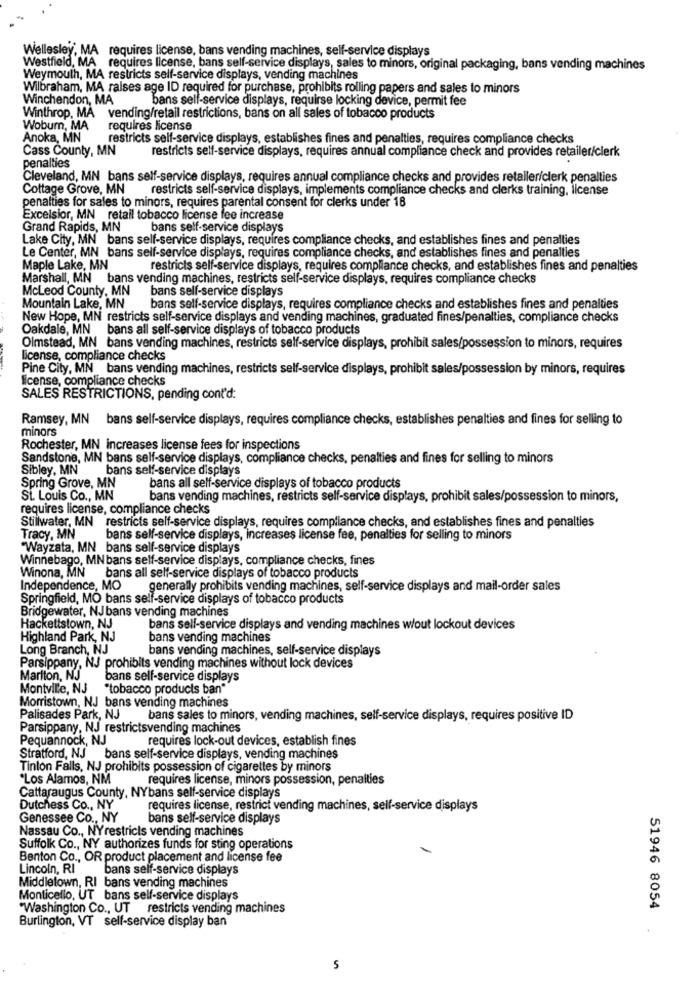
Wellesley, MA requires license, bans vending machines, self-service displays
Westfield, MA requires license, bans self-service displays, sales to minors, original packaging, bans vending machines
Weymouth, MA restricts self-service displays, vending machines
Wilbraham, MA raises age ID required for purchase, prohibits rolling papers and sales to minors
Winchendon, MA
bans self-service displays, requirse locking device, permit fee
Winthrop, MA vending/retail restrictions, bans on all sales of tobacco products
Wobum, MA
requires license
Anoka, MN
restricts self-service displays, establishes fines and penalties, requires compliance checks
Cass County, MN
restricts self-service displays, requires annual compliance check and provides retailer/clerk
penalties
Cleveland, MN bans self-service displays, requires annual compliance checks and provides retailer/clerk penalties
Cottage Grove, MN
restricts self-service displays, implements compliance checks and clerks training, license
penalties for sales to minors, requires parental consent for clerks under 18
Excelsior, MN retail tobacco license fee increase
Grand Rapids, MN
bans self-service displays
Lake City, MN bans self-service displays, requires compliance checks, and establishes fines and penalties
Le Center, MN bans self-service displays, requires compliance checks, and establishes fines and penalties
Maple Lake, MN
restricts self-service displays, requires compliance checks, and establishes fines and penalties
Marshall, MN bans vending machines, restricts self-service displays, requires compliance checks
McLeod County, MN
bans self-service displays
Mountain Lake, MN
bans self-service displays, requires compliance checks and establishes fines and penalties
New Hope, MN restricts self-service displays and vending machines, graduated fines/penalties, compliance checks
Oakdale, MN bans all self-service displays of tobacco products
Olmstead, MN bans vending machines, restricts self-service displays, prohibit sales/possession to minors, requires
license, compliance checks
Pine City, MN bans vending machines, restricts self-service displays, prohibit sales/possession by minors, requires
license, compliance checks
SALES RESTRICTIONS, pending cont'd:
Ramsey, MN bans self-service displays, requires compliance checks, establishes penalties and fines for selling to
minors
Rochester, MN increases license fees for inspections
Sandstone, MN bans self-service displays, compliance checks, penalties and fines for selling to minors
Sibley, MN
bans self-service displays
Spring Grove, MN
bans all self-service displays of tobacco products
St. Louis Co ., MN
bans vending machines, restricts self-service displays, prohibit sales/possession to minors,
requires license, compliance checks
Stillwater, MN restricts self-service displays, requires compliance checks, and establishes fines and penalties
Tracy, MN
bans self-service displays, increases license fee, penalties for selling to minors
"Wayzata, MN bans self-service displays
Winnebago, MN bans self-service displays, compliance checks, fines
Winona, MN bans all self-service displays of tobacco products
Independence, MO
generally prohibits vending machines, self-service displays and mail-order sales
Springfield, MO bans self-service displays of tobacco products
Bridgewater, NJbans vending machines
Hackettstown, NJ
bans self-service displays and vending machines w/out lockout devices
Highland Park, NJ
bans vending machines
Long Branch, NJ
bans vending machines, self-service displays
Parsippany, NJ prohibits vending machines without lock devices
Marlton, NJ
bans self-service displays
Montville, NJ
"tobacco products ban"
Morristown, NJ bans vending machines
Palisades Park, NJ
bans sales to minors, vending machines, self-service displays, requires positive ID
Parsippany, NJ restrictsvending machines
Pequannock, NJ
requires lock-out devices, establish fines
Stratford, NJ bans self-service displays, vending machines
Tinton Falls, NJ prohibits possession of cigarettes by minors
*Los Alamos, NM
requires license, minors possession, penalties
Cattaraugus County, NYbans self-service displays
Dutchess Co ., NY
requires license, restrict vending machines, self-service displays
Genessee Co ., NY
bans self-service displays
Nassau Co ., NYrestricls vending machines
Suffolk Co ., NY authorizes funds for sting operations
Benton Co ., OR product placement and license fee
Lincoln, RI
bans self-service displays
Middletown, RI bans vending machines
Monticello, UT bans self-service displays
"Washington Co ., UT restricts vending machines
51946 8054
Burlington, VT self-service display ban
5